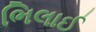
ભિલાઈ